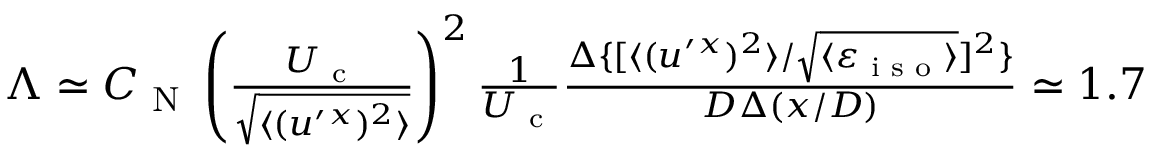
\begin{array} { r } { \Lambda \simeq C _ { \textrm { N } } \left( { \frac { U _ { \textrm { c } } } { \sqrt { \langle { ( u ^ { \prime } { } ^ { x } ) ^ { 2 } } \rangle } } } \right) ^ { 2 } \frac { 1 } { U _ { \textrm { c } } } \frac { \Delta \{ [ \langle { ( u ^ { \prime } { } ^ { x } ) ^ { 2 } } \rangle / \sqrt { \langle { \varepsilon _ { \textrm { i s o } } } \rangle } ] ^ { 2 } \} } { D \Delta ( x / D ) } \simeq 1 . 7 } \end{array}